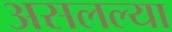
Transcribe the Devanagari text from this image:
असलल्या